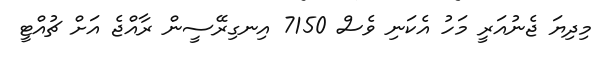
މިދިޔަ ޖެނުއަރީ މަހު އެކަނި ވެސް 7150 އިނގިރޭސީން ރާއްޖެ އަށް ޗުއްޓީ